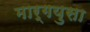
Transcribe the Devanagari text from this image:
मार्गयुसा